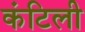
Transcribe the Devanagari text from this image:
कंटिली